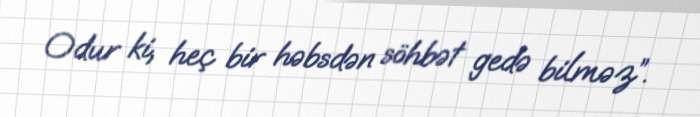
Odur ki, heç bir həbsdən söhbət gedə bilməz”.